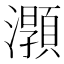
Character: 𤃑